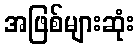
အဖြစ်များဆုံး